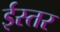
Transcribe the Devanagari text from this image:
ईस्तर